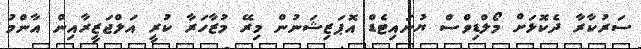
ސަރުކާރާ ދެކޮޅަށް މޯލްޑިވްސް ޔުނައިޓެޑް އޮޕަޒިޝަނުން މިރޭ މުޒާހަރާ ކުރީ އަލްޖަޒީރާއިން އާންމު